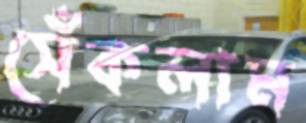
সেঁকলাম